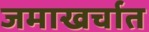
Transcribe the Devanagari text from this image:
जमाखर्चात